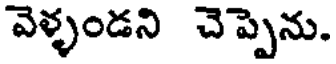
వెళ్ళండని చెప్పెను.